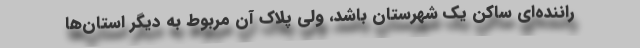
راننده‌ای ساکن یک شهرستان باشد، ولی پلاک آن مربوط به دیگر استان‌ها